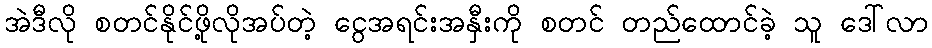
အဲဒီလို စတင်နိုင်ဖို့လိုအပ်တဲ့ ငွေအရင်းအနှီးကို စတင် တည်ထောင်ခဲ့ သူ ဒေါ်လာ